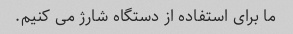
ما برای استفاده از دستگاه شارژ می کنیم.